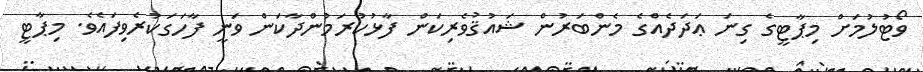
ވޯޓުލުމަށް މިޕާޓީގެ ގިނަ ޢަދަދެއްގެ މެންބަރުން ޝައުޤުވެރިކަން ފާޅުކުރަމުންދާކަން ވަނީ ފާހަގަކުރެވިފައެވެ. މިޕާޓީ